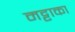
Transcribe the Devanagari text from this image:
मट्टाका